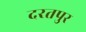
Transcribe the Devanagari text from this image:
दरतपुर